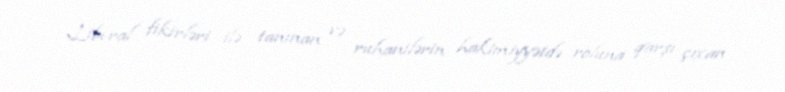
Liberal fikirləri ilə tanınan və ruhanilərin hakimiyyətdə roluna qarşı çıxan